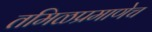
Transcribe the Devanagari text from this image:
तमिळप्रमाणेच